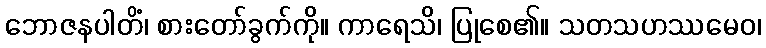
ဘောဇနပါတိံ၊ စားတော်ခွက်ကို။ ကာရေသိ၊ ပြုစေ၏။ သတသဟဿမေဝ၊